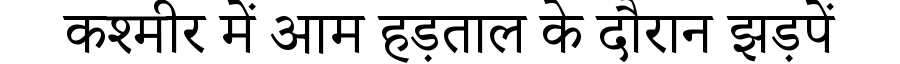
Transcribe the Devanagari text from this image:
कश्मीर में आम हड़ताल के दौरान झड़पें